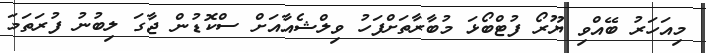
މިއަހަރު ބޭއްވި ޔޫރޯ ފުޓްބޯޅަ މުބާރާތަށްފަހު ވިލްޝެއާއަށް ސްކޮޑުން ޖާގަ ލިބުނު ފުރަތަމަ